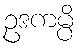
ဥဒကမ္ပိ